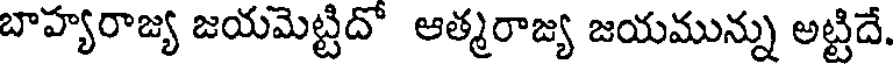
బాహ్యరాజ్య జయమెట్టిదో ఆత్మరాజ్య జయమున్ను అట్టిదే.